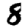
Digit: 8